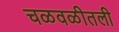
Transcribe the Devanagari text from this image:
चळवळीतली